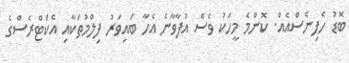
ބޮޑު ހެޕިނެސްއެއް. ކޮންމެ މީހަކު ވެސް އުފާވާނެ އެހާ ބައިވަރު ފިލްމުތަކާއި އެކްޓްރެސްގެ